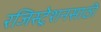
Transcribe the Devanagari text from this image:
रजिस्ट्रेशनसाठी